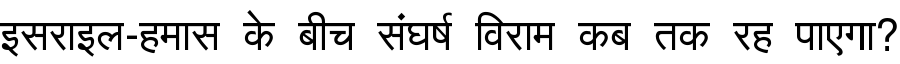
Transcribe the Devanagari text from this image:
इसराइल-हमास के बीच संघर्ष विराम कब तक रह पाएगा?